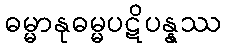
ဓမ္မာနုဓမ္မပဋိပန္နဿ